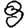
Digit: 8